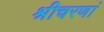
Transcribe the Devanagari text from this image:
श्रीचरणां